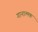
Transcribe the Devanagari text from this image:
गानात्मक